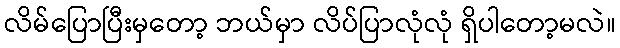
လိမ်ပြောပြီးမှတော့ ဘယ်မှာ လိပ်ပြာလုံလုံ ရှိပါတော့မလဲ။